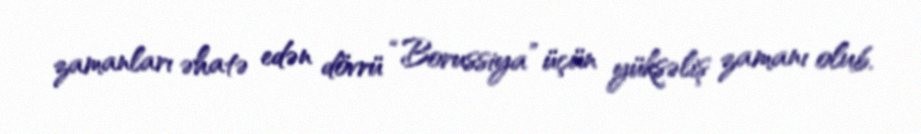
zamanları əhatə edən dövrü “Borussiya” üçün yüksəliş zamanı olub.